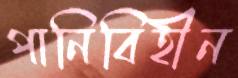
পানিবিহীন